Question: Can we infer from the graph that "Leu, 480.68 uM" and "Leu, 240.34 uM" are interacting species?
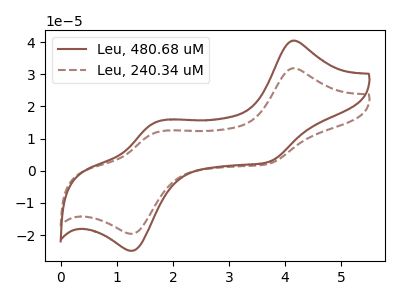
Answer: <think>The brown curve "Leu, 480.68 uM" has anodic peaks at (4.15V, 40.50uA) (1.70V, 15.00uA) and cathodic peaks at (3.70V, 2.70uA) (1.30V, -24.90uA). The brown dashed curve "Leu, 240.34 uM" has anodic peaks at (4.15V, 31.90uA) (1.70V, 11.85uA) and cathodic peaks at (3.70V, 2.10uA) (1.30V, -19.60uA).
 All the peaks in "Leu, 480.68 uM" have a peak in "Leu, 240.34 uM" at the same potential.</think>
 <answer>No, "Leu, 480.68 uM" and "Leu, 240.34 uM" don't appear to be significantly different in shape</answer>
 <eval>no_change</eval>